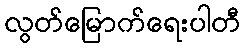
လွတ်မြောက်ရေးပါတီ